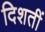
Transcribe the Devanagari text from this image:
दिशतीं